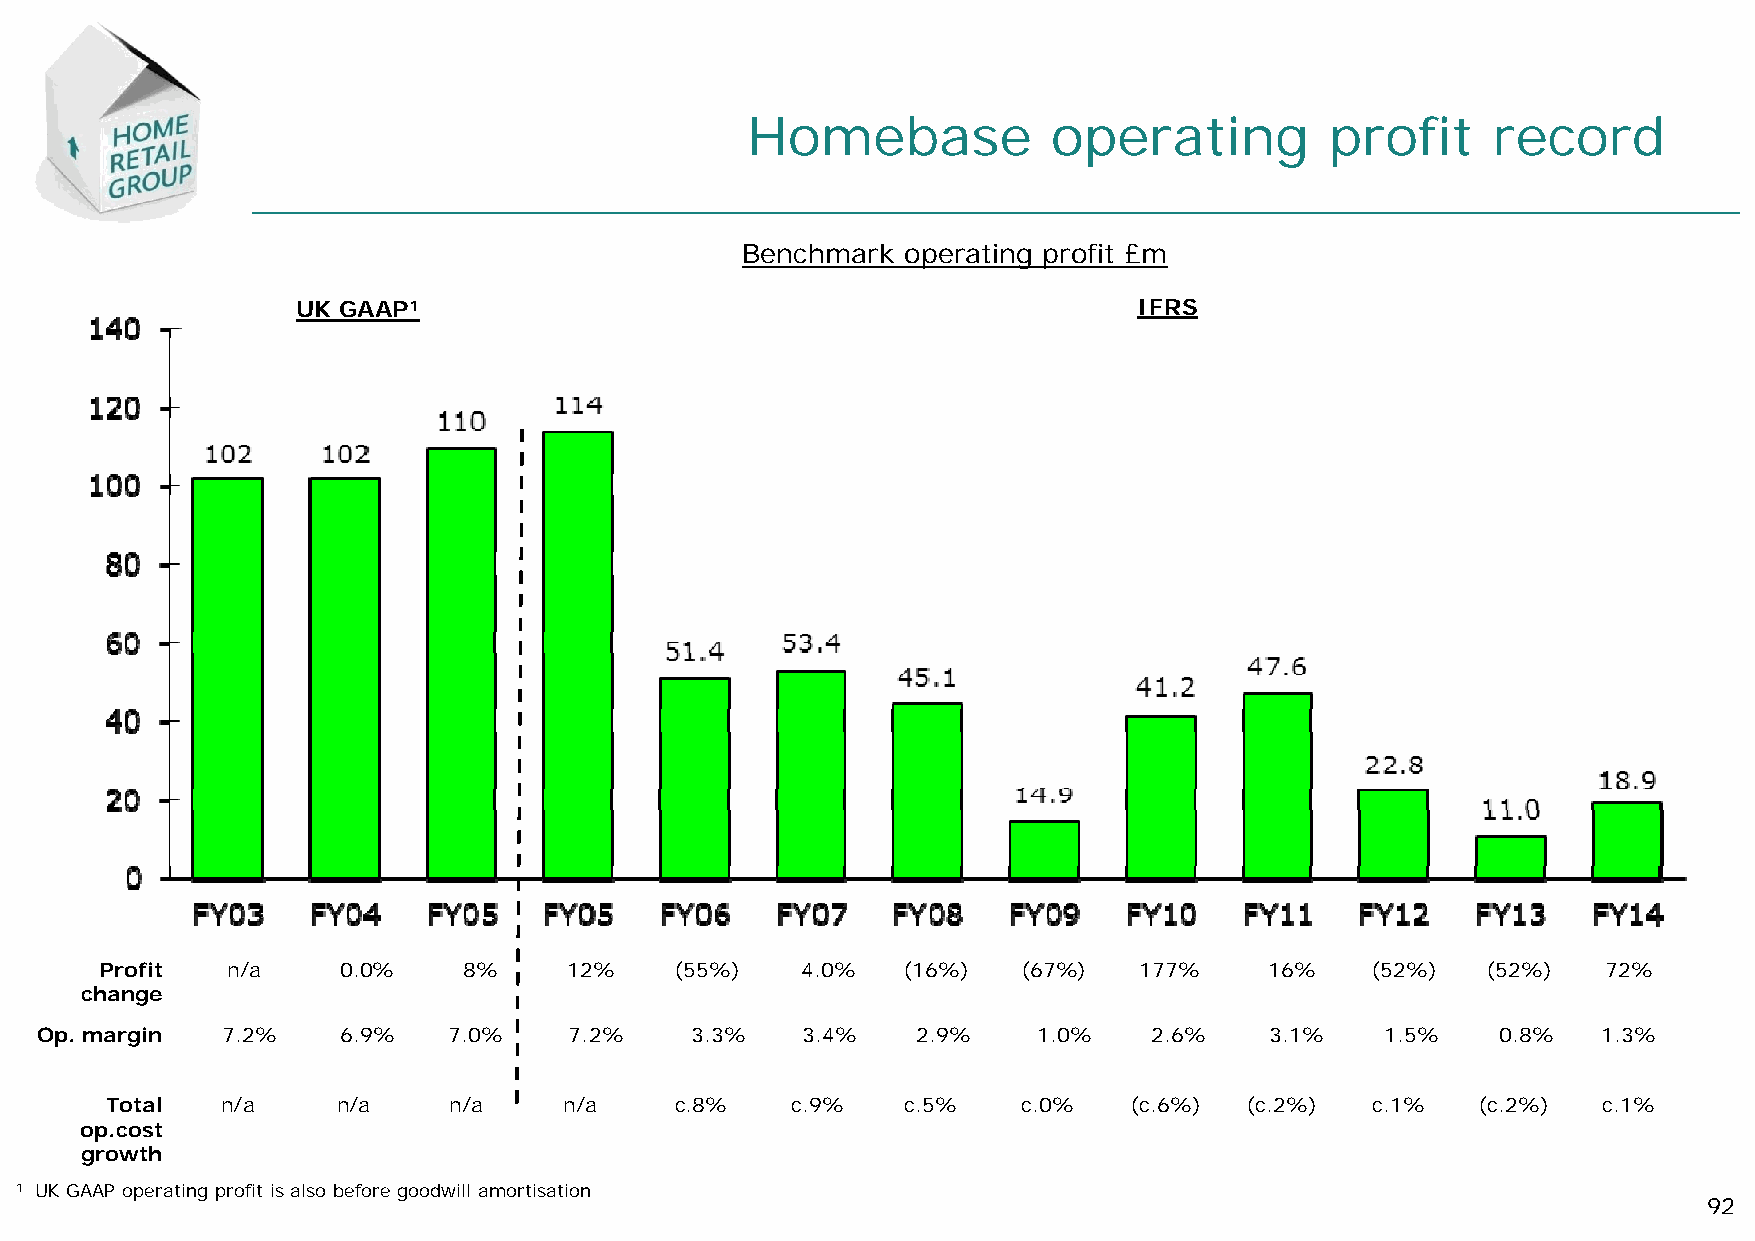
Homebase             operating         profit     record
 Benchmark  operating profit £m
 UK GAAP1                                               IFRS
 Profit  n/a     0.0%    8%     12%    (55%)   4.0%   (16%)   (67%)  177%     16%    (52%)  (52%)   72%
 change
 Op. margin   7.2%    6.9%   7.0%    7.2%    3.3%   3.4%    2.9%    1.0%   2.6%    3.1%    1.5%   0.8%   1.3%
 Total   n/a    n/a     n/a    n/a     c.8%   c.9%    c.5%    c.0%   (c.6%)  (c.2%)  c.1%   (c.2%)  c.1%
 op.cost
 growth
 1 UK GAAP operating profit is also before goodwill amortisation
 92